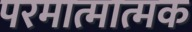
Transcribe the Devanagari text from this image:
परमात्मात्मक